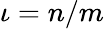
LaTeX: \iota=n/m